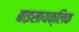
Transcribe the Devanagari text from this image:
बाइसायक्लिक